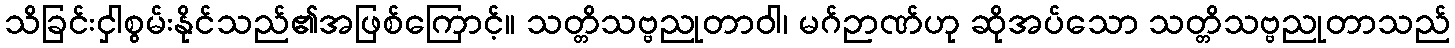
သိခြင်းငှါစွမ်းနိုင်သည်၏အဖြစ်ကြောင့်။ သတ္တိသဗ္ဗညုတာဝါ၊ မဂ်ဉာဏ်ဟု ဆိုအပ်သော သတ္တိသဗ္ဗညုတာသည်